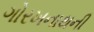
ગોરખનાથની